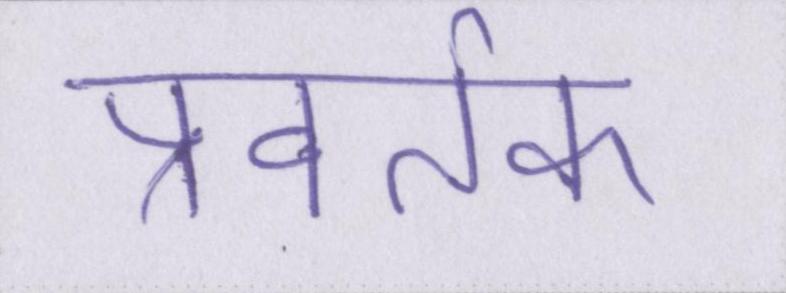
प्रवर्तक